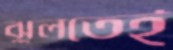
ঝুলতেই